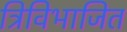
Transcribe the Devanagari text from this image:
त्रिविभाजित